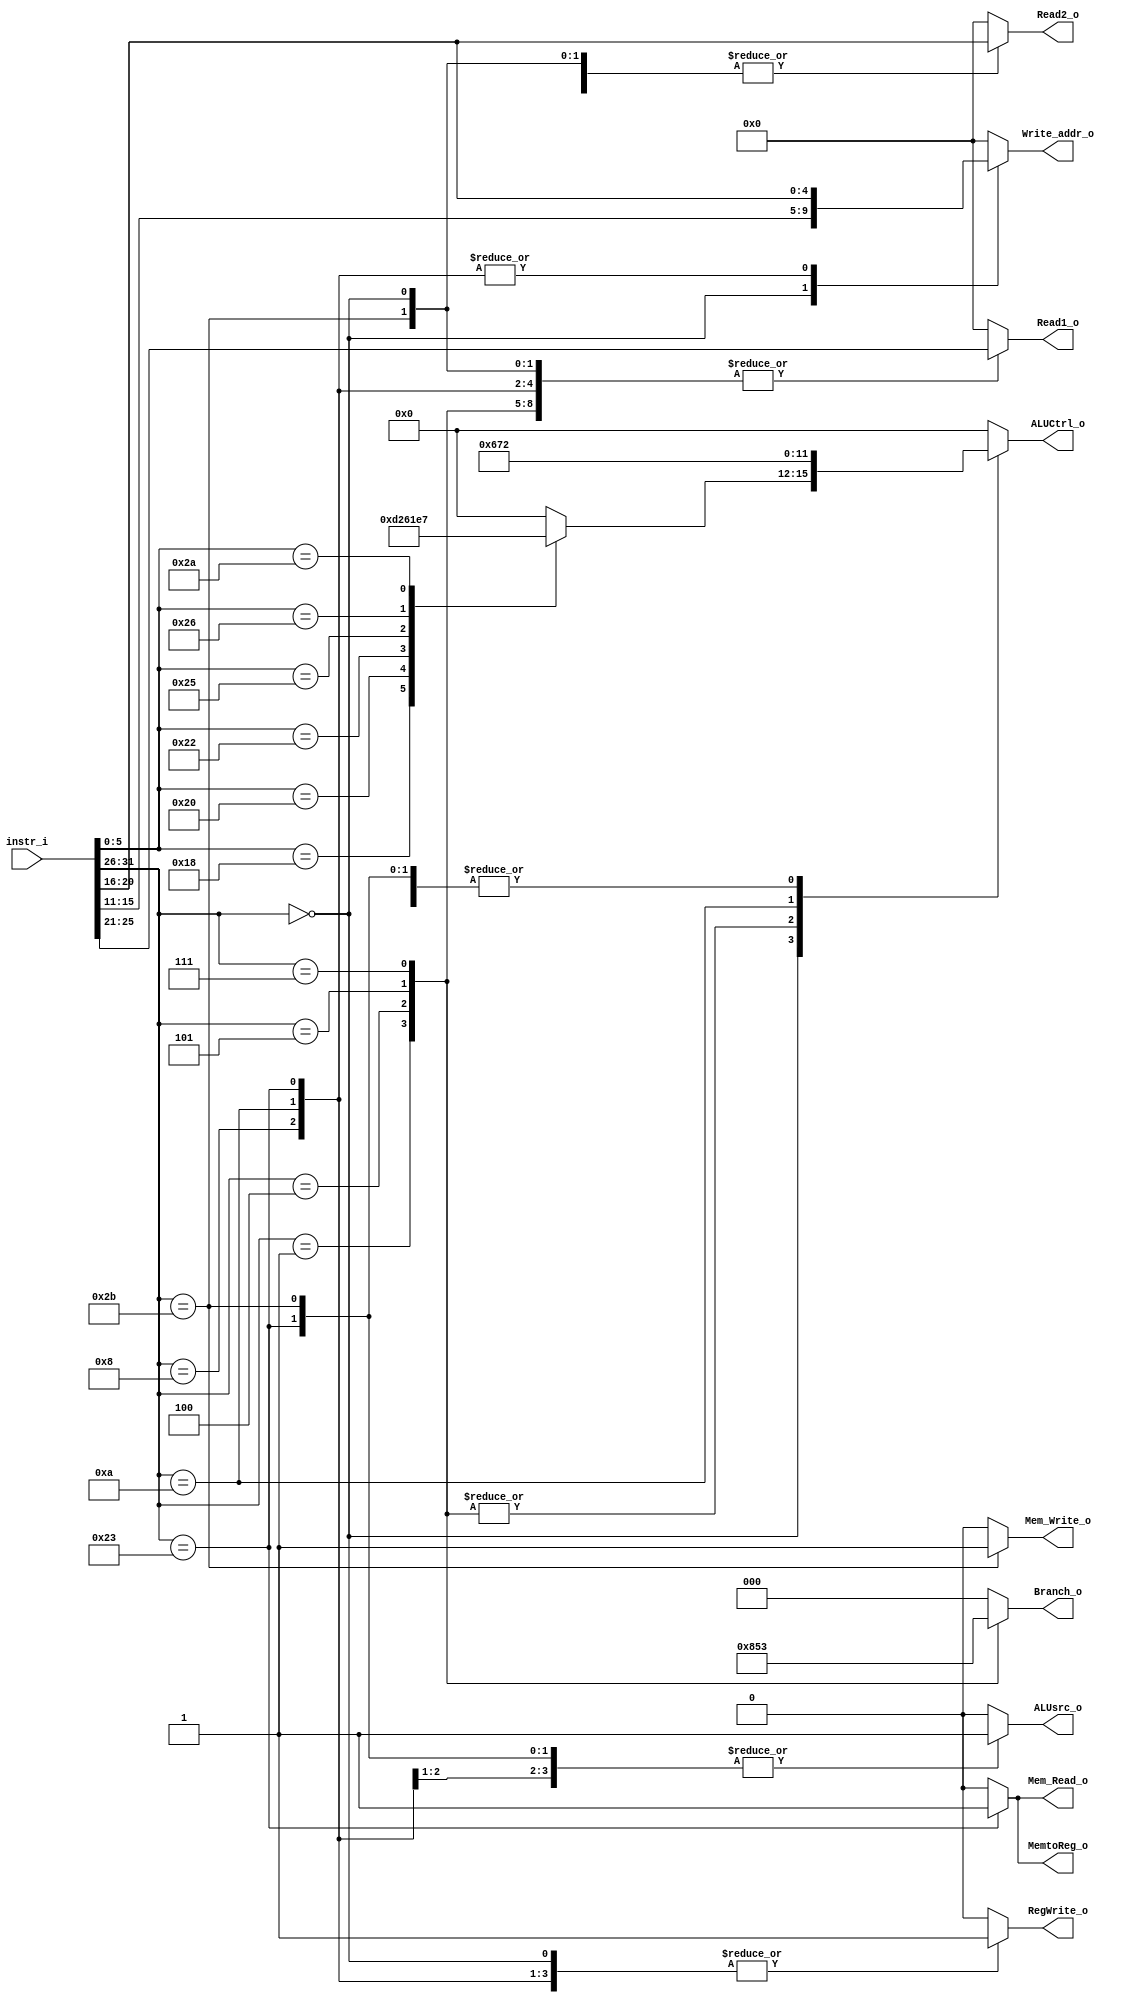
// 110652011
module Decoder(
    instr_i,
	Branch_o,
	MemtoReg_o,
	Read1_o,
	Read2_o,
	RegWrite_o,
	Write_addr_o,
	ALUCtrl_o,
	ALUsrc_o,
	Mem_Read_o,
	Mem_Write_o
	);
     
//I/O ports
input	[32-1:0]	instr_i;

output	[3-1:0]		Branch_o;
output				MemtoReg_o;     	// MUX the data to register write.
output	[5-1:0]		Read1_o, Read2_o;	// Read register
output	       		RegWrite_o;
output	[5-1:0]		Write_addr_o;
output	[4-1:0]		ALUCtrl_o;
output	       		ALUsrc_o;
output	       		Mem_Read_o;
output	       		Mem_Write_o;
 
//Internal Signals
reg		[3-1:0]		Branch_o;
reg					MemtoReg_o;     	// MUX the data to register write.
reg		[5-1:0]		Read1_o, Read2_o; 	// Read register
reg		       		RegWrite_o;
reg		[5-1:0]		Write_addr_o;
reg		[4-1:0]		ALUCtrl_o;
reg		       		ALUsrc_o;
reg		       		Mem_Read_o;
reg		       		Mem_Write_o;

//Parameter


//Main function

	always @(instr_i) begin
		case (instr_i[31:26])

			0: begin			 // R-type
				Branch_o    	<= 0;
				MemtoReg_o		<= 0;				// ALU_result
				Read1_o			<= instr_i[25:21];
				Read2_o			<= instr_i[20:16];
				RegWrite_o 		<= 1;
				Write_addr_o	<= instr_i[15:11];
				ALUsrc_o		<= 0;
				Mem_Read_o		<= 0;
				Mem_Write_o		<= 0;
				case (instr_i[5:0])
					24:	ALUCtrl_o <= 13;	// mult
					32: ALUCtrl_o <= 2;     // add
					34: ALUCtrl_o <= 6;     // sub
					36: ALUCtrl_o <= 0;     // and
					37: ALUCtrl_o <= 1;     // or
					38: ALUCtrl_o <= 14;	// xor
					42: ALUCtrl_o <= 7;     // slt
					default: ALUCtrl_o = 0; // 
				endcase
			end

			1: begin 				// bge
				Branch_o    	<= 4;
				MemtoReg_o		<= 0;
				Read1_o			<= instr_i[25:21];
				Read2_o			<= instr_i[20:16];
				RegWrite_o 		<= 0;
				Write_addr_o	<= 0;
				ALUCtrl_o		<= 6;	// sub
				ALUsrc_o		<= 0;
				Mem_Read_o		<= 0;
				Mem_Write_o		<= 0;
			end

			4: begin 			 	// beq
				Branch_o    	<= 1;
				MemtoReg_o		<= 0;
				Read1_o			<= instr_i[25:21];
				Read2_o			<= instr_i[20:16];
				RegWrite_o 		<= 0;
				Write_addr_o	<= 0;
				ALUCtrl_o		<= 6;	// sub
				ALUsrc_o		<= 0;
				Mem_Read_o		<= 0;
				Mem_Write_o		<= 0;
			end

			5: begin				// bne
				Branch_o    	<= 2;
				MemtoReg_o		<= 0;
				Read1_o			<= instr_i[25:21];
				Read2_o			<= instr_i[20:16];
				RegWrite_o 		<= 0;
				Write_addr_o	<= 0;
				ALUCtrl_o		<= 6;	// sub
				ALUsrc_o		<= 0;
				Mem_Read_o		<= 0;
				Mem_Write_o		<= 0;
			end

			7: begin				// bgt
				Branch_o    	<= 3;
				MemtoReg_o		<= 0;
				Read1_o			<= instr_i[25:21];
				Read2_o			<= instr_i[20:16];
				RegWrite_o 		<= 0;
				Write_addr_o	<= 0;
				ALUCtrl_o		<= 6;	// sub
				ALUsrc_o		<= 0;
				Mem_Read_o		<= 0;
				Mem_Write_o		<= 0;
			end

			8: begin 			 	// addi
				Branch_o    	<= 0;
				MemtoReg_o		<= 0;	// 
				Read1_o			<= instr_i[25:21];
				Read2_o			<= 0;
				RegWrite_o 		<= 1;
				Write_addr_o	<= instr_i[20:16];
				ALUCtrl_o		<= 2;
				ALUsrc_o		<= 1;	// instruction
				Mem_Read_o		<= 0;
				Mem_Write_o		<= 0;
			end

			10: begin			 	// slti
				Branch_o    	<= 0;
				MemtoReg_o		<= 0;
				Read1_o			<= instr_i[25:21];
				Read2_o			<= 0;
				RegWrite_o 		<= 1;
				Write_addr_o	<= instr_i[20:16];
				ALUCtrl_o		<= 7;
				ALUsrc_o		<= 1;
				Mem_Read_o		<= 0;
				Mem_Write_o		<= 0;
			end

			35: begin			 	// lw
				Branch_o    	<= 0;
				MemtoReg_o		<= 1;
				Read1_o			<= instr_i[25:21];
				Read2_o			<= 0;
				RegWrite_o 		<= 1;
				Write_addr_o	<= instr_i[20:16];
				ALUCtrl_o		<= 2;
				ALUsrc_o		<= 1;
				Mem_Read_o		<= 1;
				Mem_Write_o		<= 0;
			end

			43: begin			 	// sw
				Branch_o    	<= 0;
				MemtoReg_o		<= 0;
				Read1_o			<= instr_i[25:21];
				Read2_o			<= instr_i[20:16];
				RegWrite_o 		<= 0;
				Write_addr_o	<= 0;
				ALUCtrl_o		<= 2;	// add
				ALUsrc_o		<= 1;	// instruction
				Mem_Read_o		<= 0;
				Mem_Write_o		<= 1;
			end

			default: begin
				Branch_o    	<= 0;
				MemtoReg_o		<= 0;
				Read1_o			<= 0;
				Read2_o			<= 0;
				RegWrite_o 		<= 0;
				Write_addr_o	<= 0;
				ALUCtrl_o		<= 0;
				ALUsrc_o		<= 0;
				Mem_Read_o		<= 0;
				Mem_Write_o		<= 0;
			end
		endcase
	end

endmodule